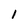
Character: I